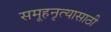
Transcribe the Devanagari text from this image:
समूहनृत्यासाठी